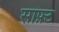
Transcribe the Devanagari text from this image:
साफ़्ट